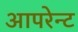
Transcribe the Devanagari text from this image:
आपरेन्ट